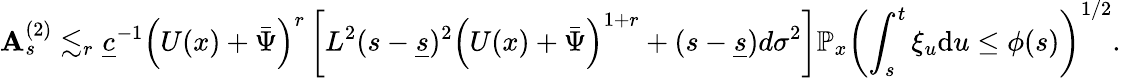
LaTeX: \mathbf{A}_{s}^{(2)}\lesssim_{r}\underline{{{c}}}^{-1}\left(U(x)+\bar{{\Psi}}\right)^{r}\left[L^{2}(s-\underline{{{s}}})^{2}\left(U(x)+\bar{{\Psi}}\right)^{1+r}+(s-\underline{{{s}}})d\sigma^{2}\right]\mathbb{{P}}_{x}\left(\int_{s}^{t}\xi_{u}\mathrm{{d}}u\le\phi(s)\right)^{1/2}.